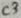
Text: C3